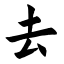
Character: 去